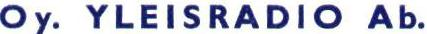
Oy. YLEISRADIO Ab.